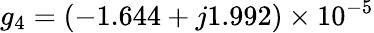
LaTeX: g_{4}=(-1.644+j1.992)\times 10^{-5}